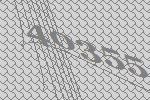
40355